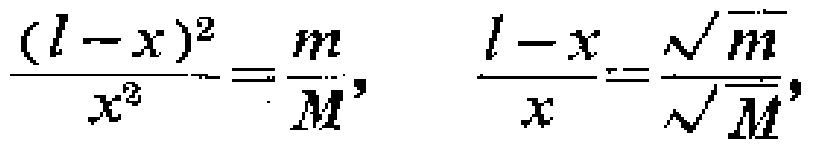
\(\frac{(l - x)^2}{x^2}=\frac{m}{M},\quad \frac{l - x}{x}=\frac{\sqrt{m}}{\sqrt{M}},\)